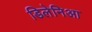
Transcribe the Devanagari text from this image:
डिलेनिआ